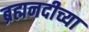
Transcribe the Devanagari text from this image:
ब्रह्मनदीच्या